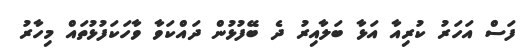
ފަސް އަހަރު ކުރިއާ އަޅާ ބަލާއިރު ދެ ބޭފުޅުން ދައްކަވާ ވާހަކަފުޅުތައް މިހާރު